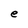
Character: e